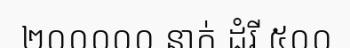
២០០០០០ នាក់ ដំរី ៥០០